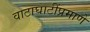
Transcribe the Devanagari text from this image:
वाटाघाटींप्रमाणे